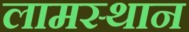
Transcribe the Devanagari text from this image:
लामस्थान